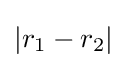
|r_{1}-r_{2}|